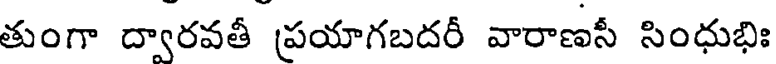
తుంగా ద్వారవతీ ప్రయాగబదరీ వారాణసీ సింధుభిః